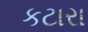
કટારા